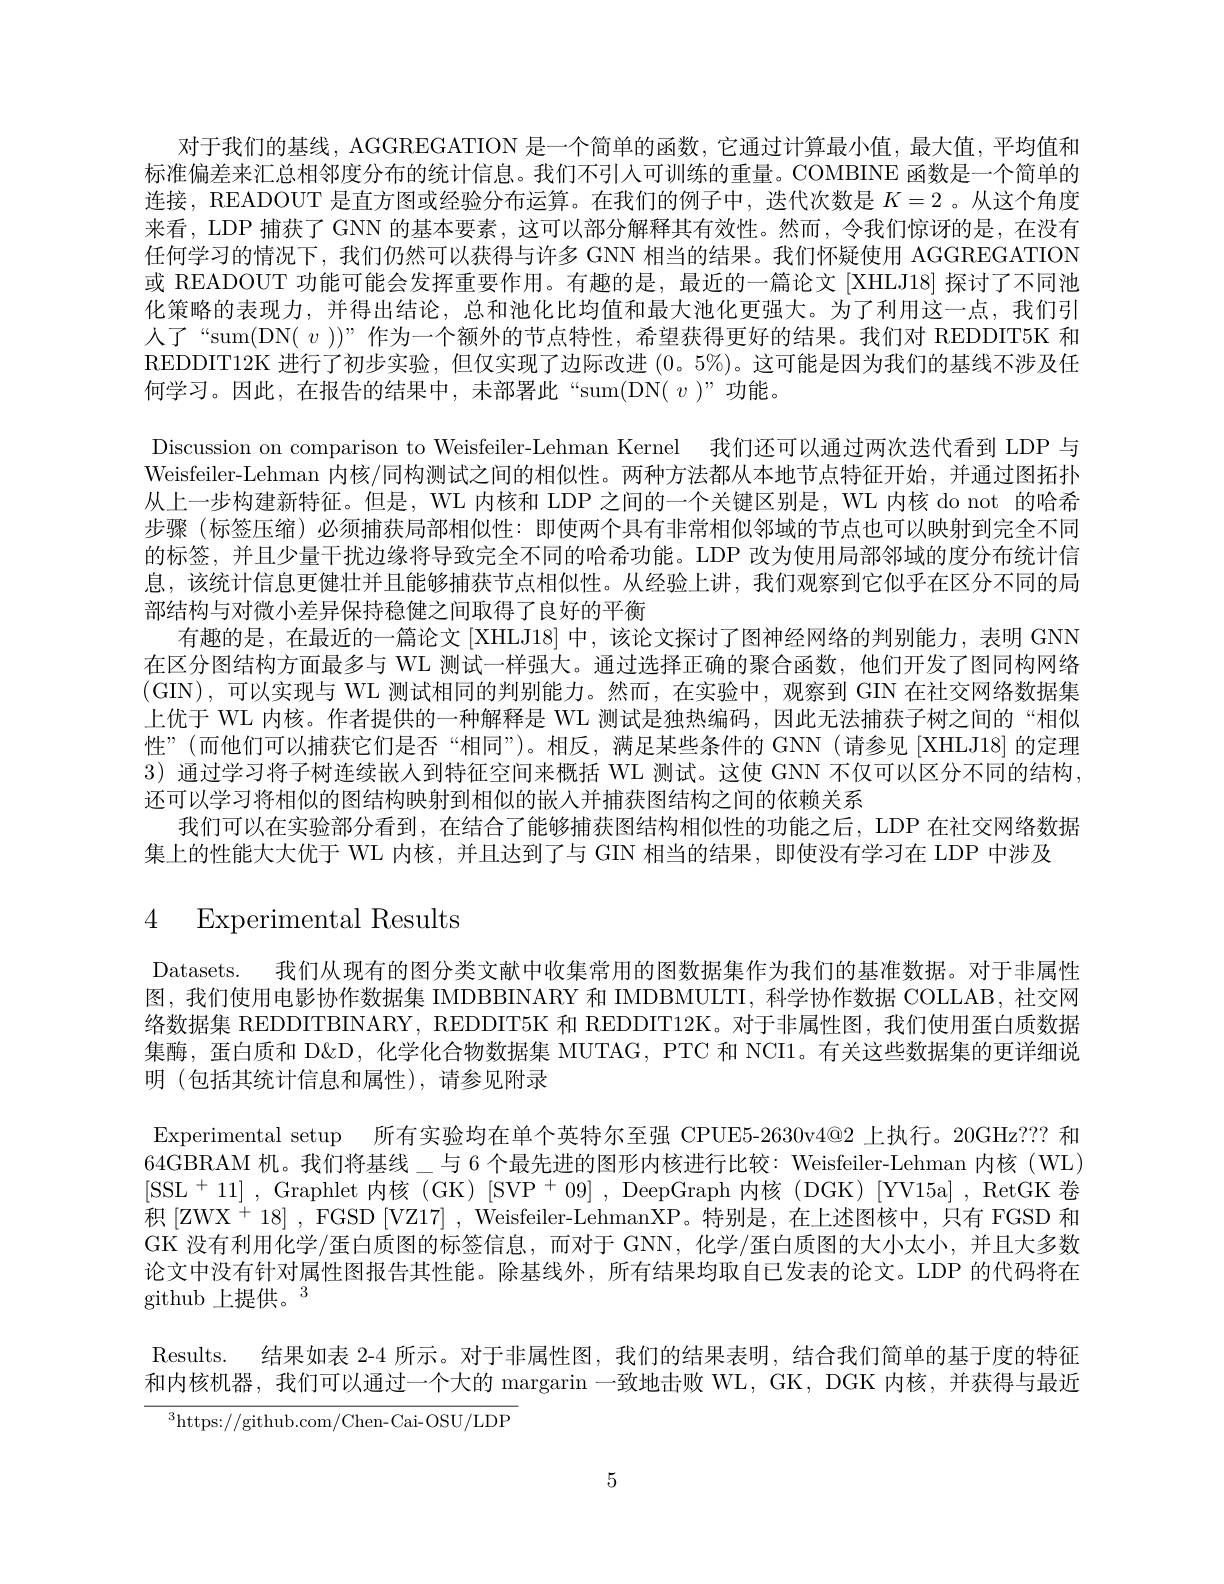
对于我们的基线，AGGREGATION 是一个简单的函数，它通过计算最小值，最大值，平均值和标准偏差来汇总相邻度分布的统计信息。我们不引人可训练的重量。COMBINE 函数是一个简单的连接，READOUT 是直方图或经验分布运算。在我们的例子中，迭代次数是$K=2$ 。从这个角度来看，LDP 捕获了 GNN 的基本要素，这可以部分解释其有效性。然而，令我们惊讶的是，在没有任何学习的情况下，我们仍然可以获得与许多 GNN 相当的结果。我们怀疑使用 AGGREGATION 或 READOUT 功能可能会发挥重要作用。有趣的是，最近的一篇论文 [XHLJ18] 探讨了不同池化策略的表现力，并得出结论，总和池化比均值和最大池化更强大。为了利用这一点，我们引人了“sum(DN( $v))”作为一个额外的节点特性，希望获得更好的结果。我们对REDDIT5K$和REDDIT12K 进行了初步实验，但仅实现了边际改进(0。5%)。这可能是因为我们的基线不涉及任何学习。因此，在报告的结果中，未部署此“sum(DN( $v)$”功能。
Discussion on comparison to Weisfeiler-Lehman Kernel 我们还可以通过两次迭代看到 LDP 与Weisfeiler-Lehman 内核/同构测试之间的相似性。两种方法都从本地节点特征开始，并通过图拓扑从上一步构建新特征。但是，WL 内核和 LDP 之间的一个关键区别是，WL 内核 do not 的哈希步骤 (标签压缩)必须捕获局部相似性：即使两个具有非常相似邻域的节点也可以映射到完全不同的标签，并且少量干扰边缘将导致完全不同的哈希功能。LDP 改为使用局部邻域的度分布统计信息，该统计信息更健壮并且能够捕获节点相似性。从经验上讲，我们观察到它似乎在区分不同的局部结构与对微小差异保持稳健之间取得了良好的平衡
有趣的是，在最近的一篇论文[XHLJ18] 中，该论文探讨了图神经网络的判别能力，表明 GNN 在区分图结构方面最多与 WL 测试一样强大。通过选择正确的聚合函数，他们开发了图同构网络(GIN),可以实现与 WL 测试相同的判别能力。然而，在实验中，观察到 GIN 在社交网络数据集上优于 WL 内核。作者提供的一种解释是 WL 测试是独热编码，因此无法捕获子树之间的“相似性”(而他们可以捕获它们是否“相同”)。相反，满足某些条件的 GNN (请参见[XHLJ18] 的定理3 )通过学习将子树连续嵌入到特征空间来概括 WL 测试。这使 GNN 不仅可以区分不同的结构， 还可以学习将相似的图结构映射到相似的嵌人并捕获图结构之间的依赖关系
我们可以在实验部分看到，在结合了能够捕获图结构相似性的功能之后，LDP 在社交网络数据
集上的性能大大优于 WL 内核，并且达到了与 GIN 相当的结果，即使没有学习在 LDP 中涉及

# 4 Experimental Results

Datasets. 我们从现有的图分类文献中收集常用的图数据集作为我们的基准数据。对于非属性图，我们使用电影协作数据集 IMDBBINARY 和 IMDBMULTI, 科学协作数据 COLLAB, 社交网络数据集 REDDITBINARY, REDDIT5K 和 REDDIT12K。对于非属性图，我们使用蛋白质数据集酶，蛋白质和 D&D, 化学化合物数据集 MUTAG, PTC 和 NCI1。有关这些数据集的更详细说明 (包括其统计信息和属性),请参见附录
Experimental setup 所有实验均在单个英特尔至强 CPUE5-2630v4@2 上执行。20GHz?? 和64GBRAM 机。我们将基线\_与 6 个最先进的图形内核进行比较：Weisfeiler-Lehman 内核 (WL) [SSL$^+11]$ ,Graphlet 内核(GK)[SVP$^+09]$ ,DeepGraph 内核(DGK)[YV15a] ,RetGK 卷积 [ZWX$^+18]$ , FGSD [VZ17] , Weisfeiler-LehmanXP。特别是，在上述图核中，只有 FGSD 和GK 没有利用化学/蛋白质图的标签信息，而对于 GNN, 化学/蛋白质图的大小太小，并且大多数论文中没有针对属性图报告其性能。除基线外，所有结果均取自已发表的论文。LDP 的代码将在github 上提供。3

Results. 结果如表 2-4 所示。对于非属性图，我们的结果表明，结合我们简单的基于度的特征

和内核机器，我们可以通过一个大的 margarin 一致地击败 WL, GK, DGK 内核，并获得与最近

$^{3}$https://github.com/Chen-Cai-OSU/LDP

5